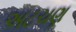
અટચણ